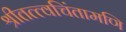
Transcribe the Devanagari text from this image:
श्रीतत्त्वचिंतामणि